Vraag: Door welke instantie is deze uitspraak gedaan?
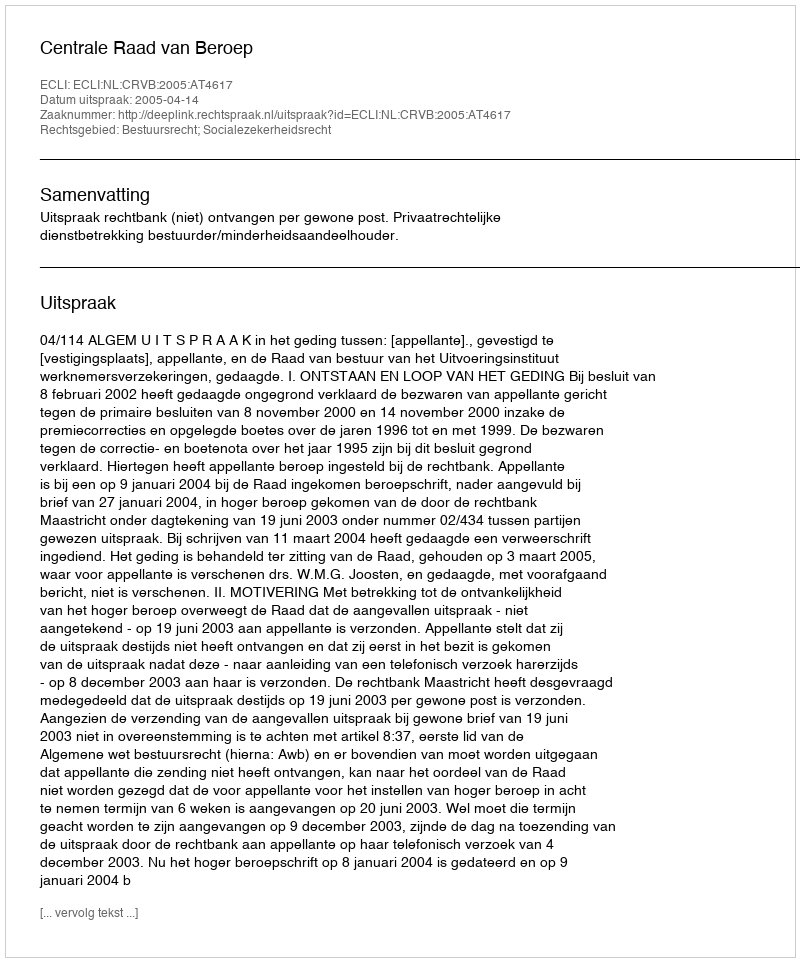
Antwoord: Centrale Raad van Beroep